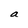
Character: a